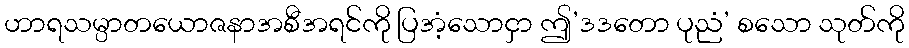
ဟာရသမ္ပာတယောဇနာအစီအရင်ကို ပြအံ့သောငှာ ဤ’ဒဒတော ပုညံ’ စသော သုတ်ကို